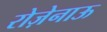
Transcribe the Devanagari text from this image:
रोज़ेनाऊ